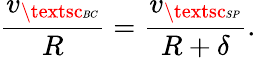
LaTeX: \frac{v_{\textsc{\tiny BC}}}{R}=\frac{v_{\textsc{\tiny SP}}}{R+\delta}.